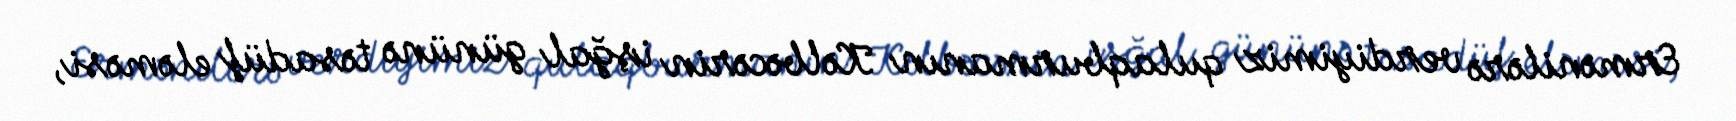
Ermənilərə verdiyimiz qulaqburmanın Kəlbəcərin işğal gününə təsadüf eləməsi,